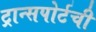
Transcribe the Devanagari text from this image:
ट्रान्सपोर्टची